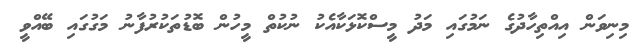
މިނިވަން އިއްތިހާދުގެ ނަމުގައި މަދު މީސްކޮޅަކާއެކު ނުކުތް މީހުން ބޮޑުތަކުރުފާނު މަގުގައި ބޭއްވީ